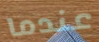
عندما